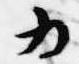
為